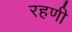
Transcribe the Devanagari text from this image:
रहणी